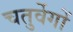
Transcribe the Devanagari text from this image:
चतुर्वेगों